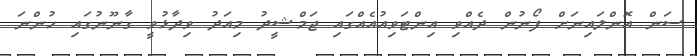
ސަން އޮންލައިނަށް ފޯނުން ދެއްވި އިންޓަވިއުއެއްގައި ޖަމްޝީދު މިއަދު ވިދާޅުވީ ގާނޫނުގައި ހުންނަ